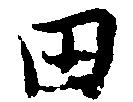
田